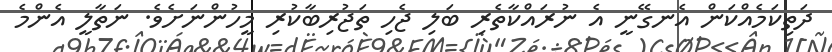
ދަތިކަމެއްކަން އެނގޭނީ އެ ނުރައްކާތެރި ބަލި ޖެހި ތަޖުރިބާކުރި މީހުންނަށެވެ. ނަތާލީ އެންމެ